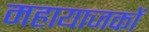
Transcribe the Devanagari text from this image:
महायाजकों